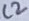
Text: C2